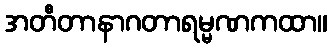
အတီတာနာဂတာရမ္မဏကထာ။